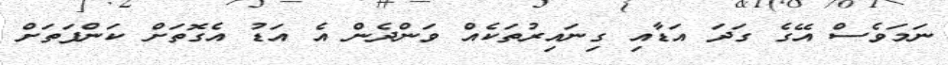
ނަމަވެސް އޭގެ ގަދަ އަޑާއި ގިނައިރުތަކެއް ވަންދެން އެ އަޑު އެގޮތަށް ކަންފަތަށް